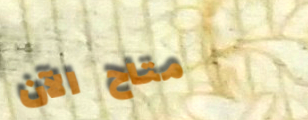
متاح الآن